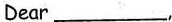
Dear___,